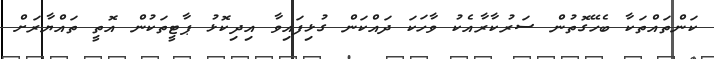
ކަންތައްތަކާ ބެހޭގޮތުން ސަރުކާރާއެކު ވާހަކަ ދައްކަން ގުޅިފައިވާ އިދިކޮޅު ޕާޓީތަކުން އޮތީ ތައްޔާރަށް